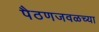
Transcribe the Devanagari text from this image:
पैठणजवळच्या